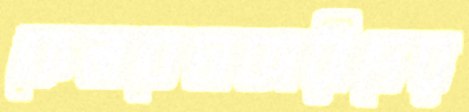
কেনাবেচাকারীদের